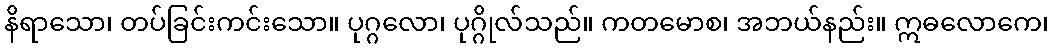
နိရာသော၊ တပ်ခြင်းကင်းသော။ ပုဂ္ဂလော၊ ပုဂ္ဂိုလ်သည်။ ကတမောစ၊ အဘယ်နည်း။ ဣဓလောကေ၊